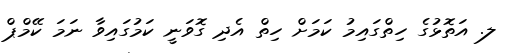
ލ. އަތޮޅުގެ ހިތްގައިމު ކަމަށް ހިތް އެދި ގޮވަނީ ކަމުގައިވާ ނަމަ ކޭމްޕް